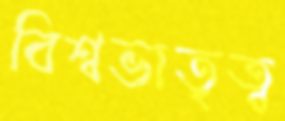
বিশ্বভাতৃত্ব